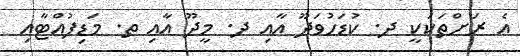
އެ ރަށްތަކަކީ ދ. ކުޑަހުވަދޫ އާއި ދ. މީދޫ އާއި ތ. މަޑިފުއްޓާއި